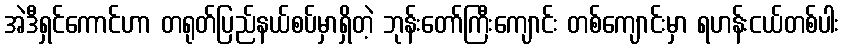
အဲဒီရှင်ကောင်ဟာ တရုတ်ပြည်နယ်စပ်မှာရှိတဲ့ ဘုန်းတော်ကြီးကျောင်း တစ်ကျောင်းမှာ ရဟန်းငယ်တစ်ပါး